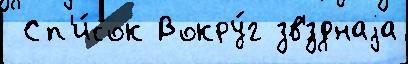
 Сп'и́сок Вокру́г зв'́зднаjа